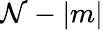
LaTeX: \mathcal{N}-|m|